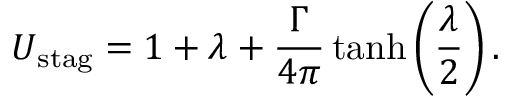
U _ { \mathrm { s t a g } } = 1 + \lambda + { \frac { \Gamma } { 4 \pi } } \operatorname { t a n h } \left( { \frac { \lambda } { 2 } } \right) .